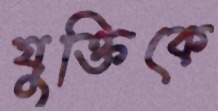
যুক্তিকে